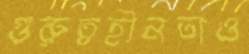
গুরুত্বহীনতাও